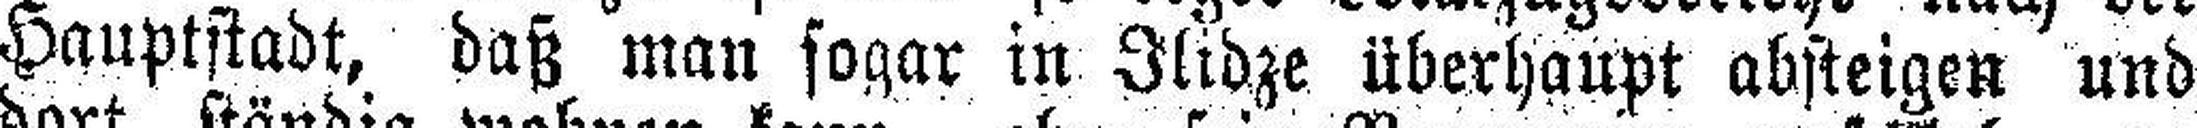
Hauptstadt, daß man sogar in Ilidze überhaupt absteigen und